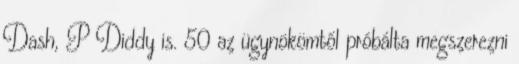
Dash, P Diddy is. 50 az ügynökömtől próbálta megszerezni